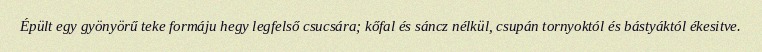
Épült egy gyönyörű teke formáju hegy legfelső csucsára; kőfal és sáncz nélkül, csupán tornyoktól és bástyáktól ékesitve.